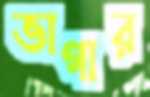
ভাগার